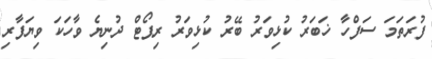
ފުރަތަމަ ސަފްހާ ޚަބަރު ކުޅިވަރު ބޭރު ކުޅިވަރު ރިޕޯޓް ދުނިޔެ ވާހަކަ ވިޔަފާރި